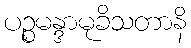
ပဉ္စမန္ဒာမုခိသတာနိ